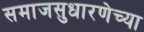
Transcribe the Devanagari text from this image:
समाजसुधारणेच्या